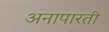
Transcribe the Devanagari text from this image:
अनापारती